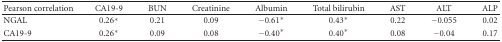
| Pearson correlation | CA19-9 | BUN | Creatinine | Albumin | Total bilirubin | AST | ALT | ALP |
 | --- | --- | --- | --- | --- | --- | --- | --- | --- |
 | NGAL | 0.26* | 0.21 | 0.09 | −0.61* | 0.43* | 0.22 | −0.055 | 0.02 |
 | CA19-9 | 0.26* | 0.09 | 0.08 | −0.40* | 0.40* | 0.08 | −0.04 | 0.17 |